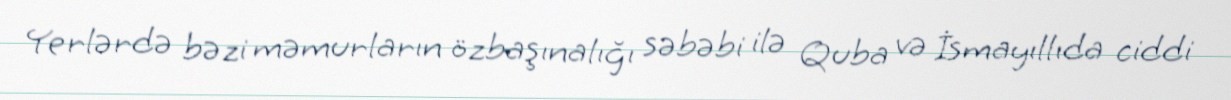
Yerlərdə bəzi məmurların özbaşınalığı səbəbi ilə Quba və İsmayıllıda ciddi